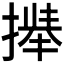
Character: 𫽻